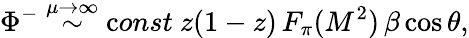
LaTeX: \Phi^{-}\stackrel{\mu\to\infty}{\sim}{\mathrm const}\ z(1-z)\, F_{\pi}(M^{2})\, \beta\cos\theta,